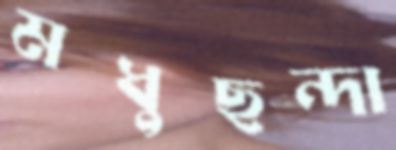
মধুছন্দা